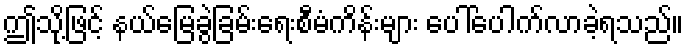
ဤသို့ဖြင့် နယ်မြေခွဲခြမ်းရေးစီမံကိန်းများ ပေါ်ပေါက်လာခဲ့ရသည်။